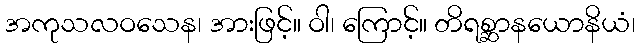
အကုသလဝသေန၊ အားဖြင့်။ ဝါ၊ ကြောင့်။ တိရစ္ဆာနယောနိယံ၊